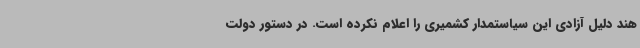
هند دلیل آزادی این سیاستمدار کشمیری را اعلام نکرده است. در دستور دولت